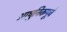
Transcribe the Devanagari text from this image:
आधुनिकपूर्व